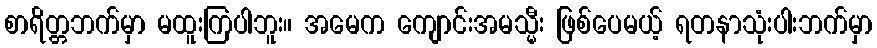
စာရိတ္တဘက်မှာ မထူးကြပါဘူး။ အမေက ကျောင်းအမသ္မီး ဖြစ်ပေမယ့် ရတနာသုံးပါးဘက်မှာ